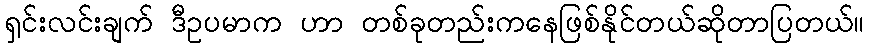
ရှင်းလင်းချက် ဒီဥပမာက ဟာ တစ်ခုတည်းကနေဖြစ်နိုင်တယ်ဆိုတာပြတယ်။